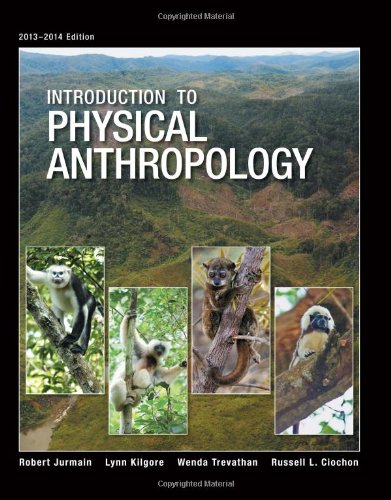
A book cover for Introduction to Physical Anthropology, 2013-2014 Edition; Robert Jurmain; Science & Math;